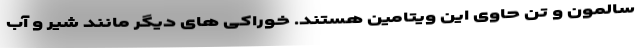
سالمون و تن حاوی این ویتامین هستند. خوراکی های دیگر مانند شیر و آب